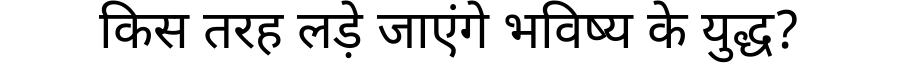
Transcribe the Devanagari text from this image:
किस तरह लड़े जाएंगे भविष्य के युद्ध?